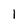
Character: 1